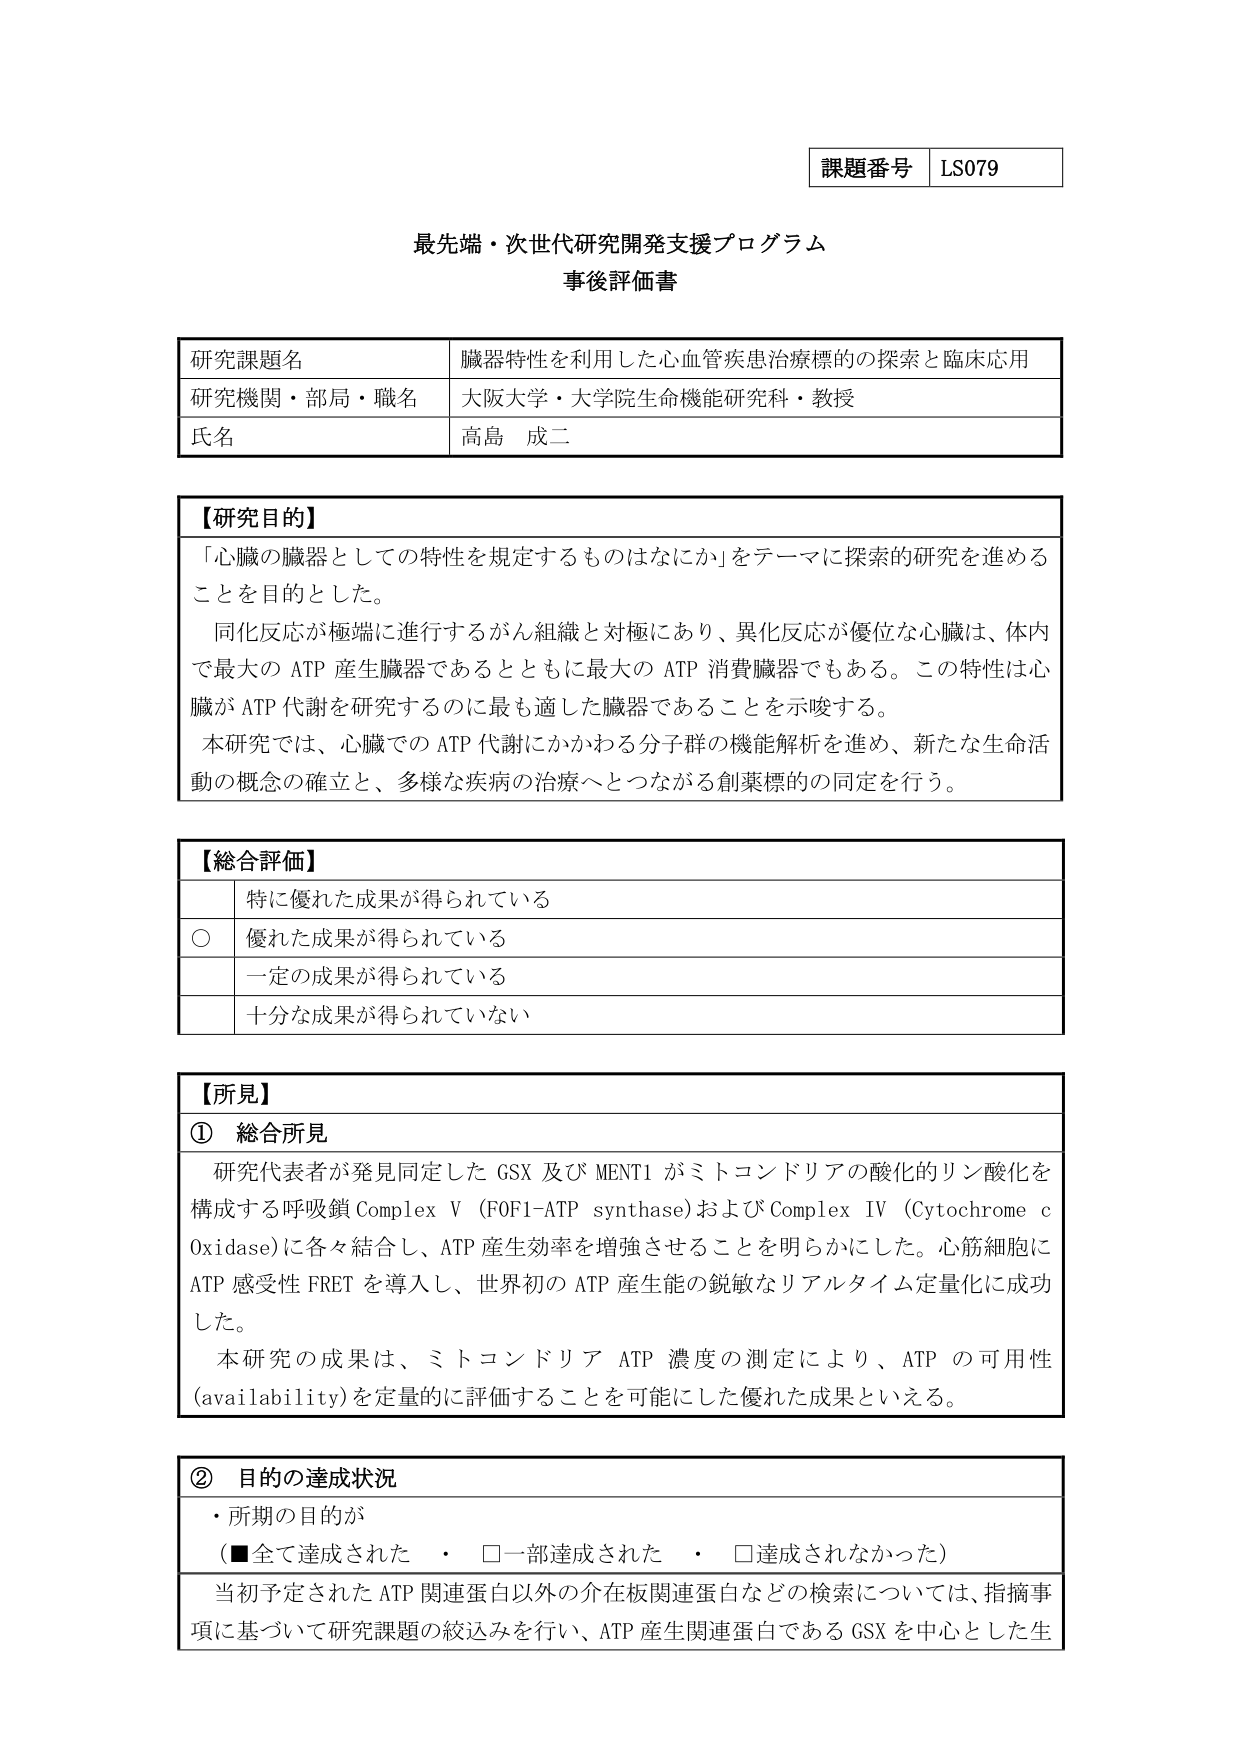
課題番号 LS079

最先端・次世代研究開発支援プログラム
事後評価書

研究課題名 腦器特性を利用した心血管疾患治療標的の探索と臨床応用
研究機関・部局・職名 大阪大学・大学院生命機能研究科・教授
氏名 高島 成二

【研究目的】
「心臓の臓器としての特性を規定するものはなにか」をテーマに探索的研究を進める
ことを目的とした。
同化反応が極端に進行するがん組織と対極にあり、異化反応が優位な心臓は、体内
で最大の ATP 産生臓器であるとともに最大の ATP 消費臓器でもある。この特性は心
臓が ATP 代謝を研究するのに最も適した臓器であることを示唆する。
本研究では、心臓での ATP 代謝にかかわる分子群の機能解析を進め、新たな生命活
動の概念の確立と、多様な疾病の治療へとつながる創薬標的の同定を行う。

【総合評価】
　　　特に優れた成果が得られている
○　優れた成果が得られている
　　　一定の成果が得られている
　　　十分な成果が得られていない

【所見】
① 総合所見
研究代表者が発見同定した GSX 及び MENT1 がミトコンドリアの酸化的リン酸化を
構成する呼吸鎖 Complex V (F0F1-ATP synthase) および Complex IV (Cytochrome c
Oxidase) に各々結合し、ATP 産生効率を増強させることを明らかにした。心筋細胞に
ATP 感受性 FRET を導入し、世界初の ATP 産生能の鋭敏なリアルタイム定量化に成功
した。
本研究の成果は、ミトコンドリア ATP 濃度の測定により、ATP の可用性
(availability) を定量的に評価することを可能にした優れた成果といえる。

② 目的の達成状況
・所期の目的が
（■全て達成された　・　□一部達成された　・　□達成されなかった）
当初予定された ATP 関連蛋白以外の介在板関連蛋白などの検索については、指摘事
項に基づいて研究課題の絞込みを行い、ATP 産生関連蛋白である GSX を中心とした生